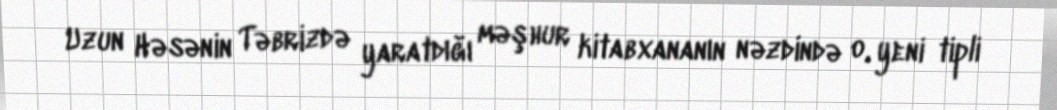
Uzun Həsənin Təbrizdə yaratdığı məşhur kitabxananın nəzdində o, yeni tipli